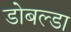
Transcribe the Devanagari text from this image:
डोबल्डा